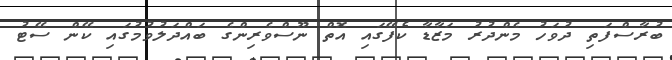
ބުރާސްފަތި ދުވަހު މެންދުރު މަޒާޑާ ކެފޭގައި އޮތް ނޫސްވެރިންގެ ބައްދަލުވުމުގައި ކޭން ސޭޓު